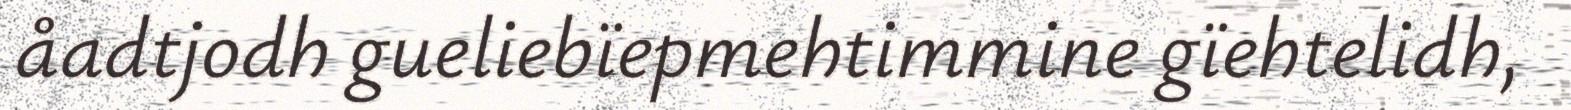
åadtjodh gueliebïepmehtimmine gïehtelidh,